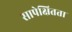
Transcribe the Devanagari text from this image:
सापेक्षितता